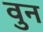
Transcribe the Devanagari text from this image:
वुन